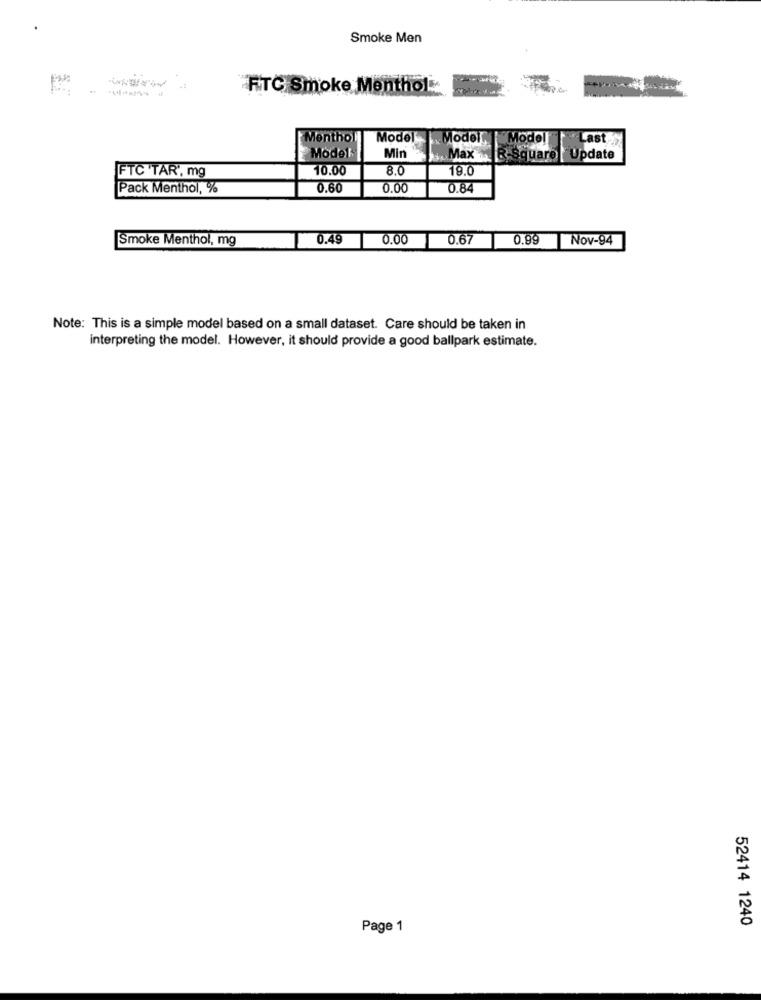
Smoke Men
FTC Smoke Menthol ..
Menthol
Model Model
ModelLast
Model
Min
Max
B-Square |Update
FTC TAR", mg
10.00
8.0
19.0
Pack Menthol, %
0.60
0.00
0.84
Smoke Menthol, mg
0.49
0.00
0.67
0.99 Nov-94
Note: This is a simple model based on a small dataset. Care should be taken in
interpreting the model. However, it should provide a good ballpark estimate.
52414 1240
Page 1